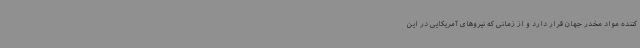
کننده مواد مخدر جهان قرار دارد و از زمانی که نیروهای آمریکایی در این